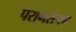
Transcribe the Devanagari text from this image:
परागसेचन